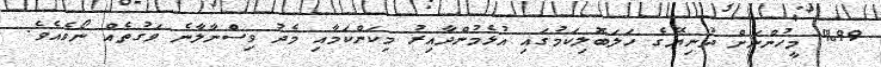
%99 މީހުންނަށް ދުނިޔޭގެ ހަލަބޮލިކަމުގައި އުޅެމުންދާއިރު މިކަންކަމާއި މެދު ވިސްނާލާނެ ވަގުތެއް ނޯވެއެވެ.